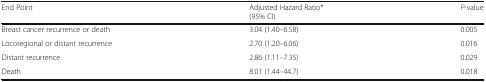
| End Point | Adjusted Hazard Ratio* (95% CI) | P-value |
 | --- | --- | --- |
 | Breast cancer recurrence or death | 3.04 (1.40–6.58) | 0.005 |
 | Locoregional or distant recurrence | 2.70 (1.20–6.06) | 0.016 |
 | Distant recurrence | 2.86 (1.11–7.35) | 0.029 |
 | Death | 8.01 (1.44–44.7) | 0.018 |